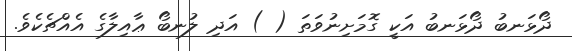
ދޯޅަނބު ދޯޅަނބު އަކީ ގޮމަށިނުވަތަ ( ) އަދި ލުނބޯ ޢާއިލާގެ އެއްޗެކެވެ.